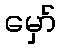
မှော်